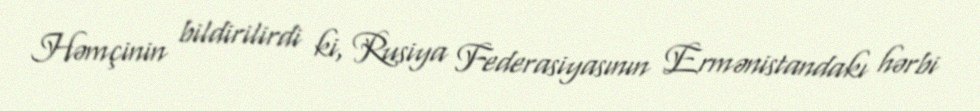
Həmçinin bildirilirdi ki, Rusiya Federasiyasının Ermənistandakı hərbi